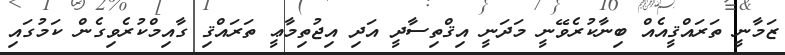
ޒަމާނީ ތަރައްޤީއެއް ބިނާކުރެވޭނީ މަދަނީ އިޤްތިސާދީ އަދި އިޖުތިމާޢީ ތަރައްޤި ގާއިމްކުރެވިގެން ކަމުގައި